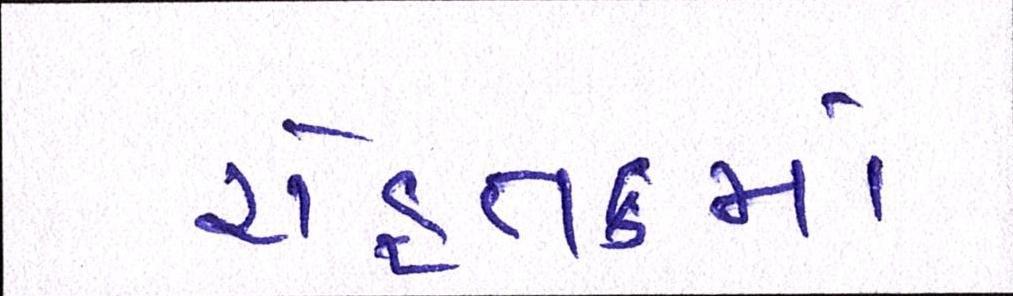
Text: રોહતકમાં